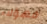
فهؤلاء